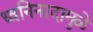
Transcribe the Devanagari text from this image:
ध्वनिनादामुळे